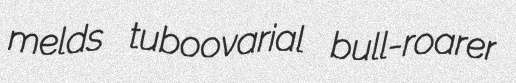
melds tuboovarial bull-roarer